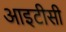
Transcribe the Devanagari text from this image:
आइटीसी